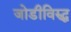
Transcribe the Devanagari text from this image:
जोडीविरुद्ध